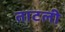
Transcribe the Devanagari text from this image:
ताटली